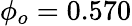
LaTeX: \phi_{o}=0.570